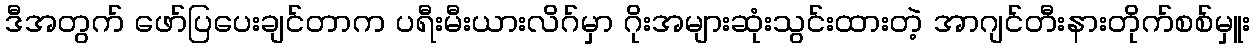
ဒီအတွက် ဖော်ပြပေးချင်တာက ပရီးမီးယားလိဂ်မှာ ဂိုးအများဆုံးသွင်းထားတဲ့ အာဂျင်တီးနားတိုက်စစ်မှူး